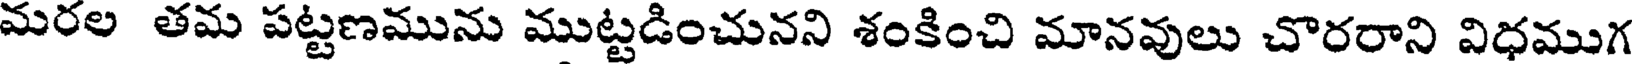
మరల తమ పట్టణమును ముట్టడించునని శంకించి మానవులు చొరరాని విధముగ